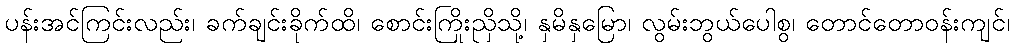
ပန်းအင်ကြင်းလည်း၊ ခက်ချင်းခိုက်ထိ၊ စောင်းကြိုးညှိသို့၊ နှမိနှမြော၊ လွမ်းဘွယ်ပေါစွ၊ တောင်တောဝန်းကျင်၊